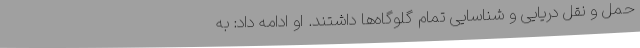
حمل و نقل دریایی و شناسایی تمام گلوگاه‌ها داشتند. او ادامه داد: به